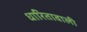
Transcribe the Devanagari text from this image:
धारितावाली